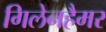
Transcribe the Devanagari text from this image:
गिलेनहैमर